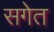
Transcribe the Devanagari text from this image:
सगेत